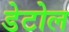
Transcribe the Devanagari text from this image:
डेटोल